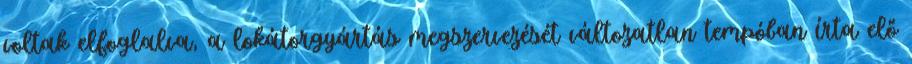
voltak elfoglalva, a lokátorgyártás megszervezését változatlan tempóban írta elő